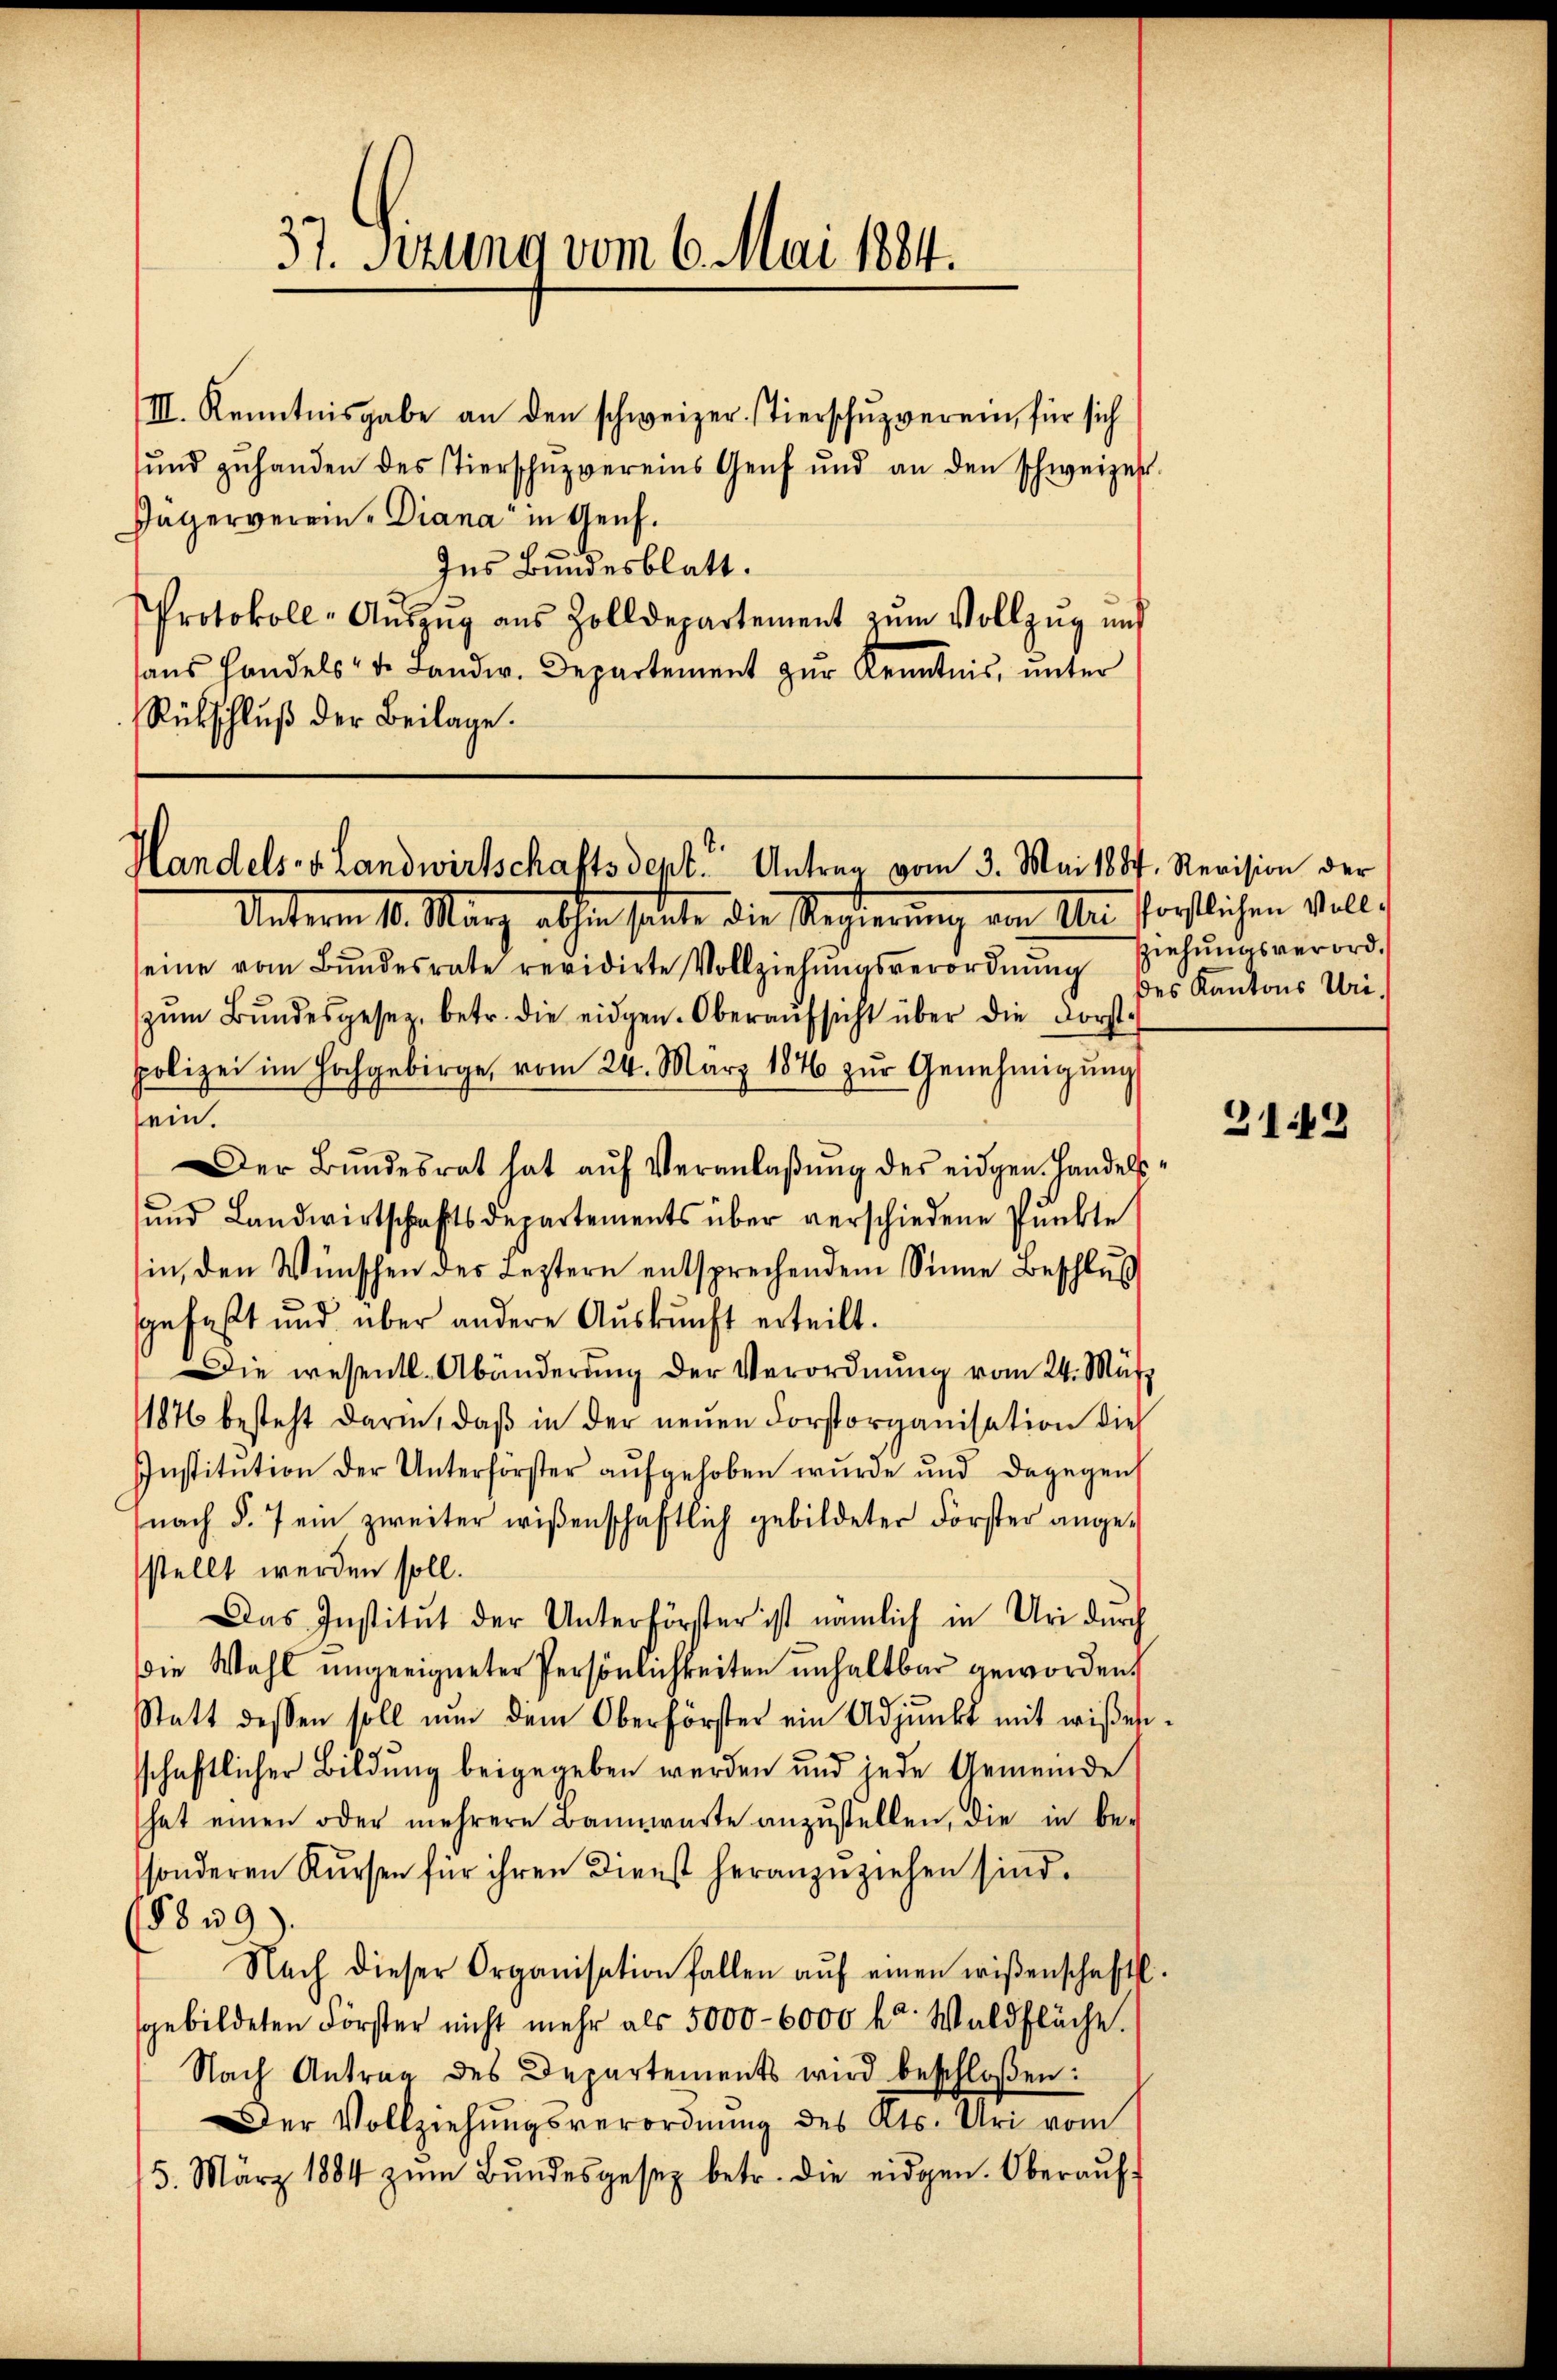
37. Sizung vom 6. Mai 1884.

III. Kenntnisgabe an den schweizer. stierschŭpverein, für sich
ŭnd zŭ handen des Tierschŭpvereins Genf und an den schweizer.
Jagerverein-Diana in Genf.
Ins Bundesblatt.
Protokoll-Aŭszŭg aŭs Zolldepartement zŭm Vollzŭg und
ans Handels- u. Landw. Departement zŭr Kenntnis, ŭnter
Rückschluß der Beilage.

Handels v. Landwirtschaftsdept. Antrag vom 3. Mai 1887. Revision der

des Kantons Uri.

Unterm 10. März abhin heute die Regierung am Aber fortlichen will,
eine vom Bŭndesrate revidirte Vollziehŭngsverordnŭng ziehŭngsverord-
zŭm Bŭndesgesetz, betr. die eidgen. Oberaŭfsicht über die Forst-
polizei im Hochgebirge, vom 24. März 184 zŭr Genehmigŭng
sein.
Der Bŭndesrat hat aŭf Veranlaβŭng des eidgen. Handelsŭnd Landwirtschaftsdepartements über verschiedene Pŭnkte
in, den Wünschen des Leztern entsprechendem Sinne Beschluß
gefaßt und über andere Aŭskŭnft erteilt.
Die wesentl. Abänderŭng der Verordnŭng vom 24. März
1876 besteht darin, daβ in der neŭen Forstorganisation dies
Institution der Unterförster aufgehoben wurde und dagegen
nach §. 7 ein zweiter wißenschaftlich gebildeter Forster angestellt werden soll.
Das Institut der Unterförster ist nämlich in Uri durch
Die Wahl ungeeigneter Persönlichkeiten unhaltbar geworden.
Statt dessen soll nŭn dem Oberförster ein Adjunkt mit wißen.
schaftlicher Bildung beigegeben werden und jede Gemeinde
hat einen oder mehrere Bannwarte anzustellen, die in be-
sonderen Kursen für ihren Dienst heranzuziehen sind.
§839).
Nach dieser Organisation fallen aŭf einen wißenschaftl.
gebildeten Förster nicht mehr als 5000–6000 kr. Waldfläche.
Nach Antrag des Departements wird beschloßen:
Der Vollziehŭngsverordnŭng des Kts. Uri vom
5. März 1884 zŭm Bŭndesgesetz betr. die eidgen. Oberaŭff

319